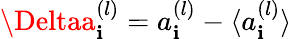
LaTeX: \Deltaa_{\mathbf{i}}^{(l)}=a_{\mathbf{i}}^{(l)}-\langle{a_{\mathbf{i}}^{(l)}}\rangle